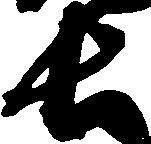
長